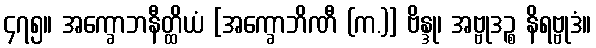
၄၇၅။ အက္ခောဘနီတ္ထိယံ [အက္ခောဘိဏီ (က.)] ဗိန္ဒု၊ အဗ္ဗုဒဉ္စ နိရဗ္ဗုဒံ။